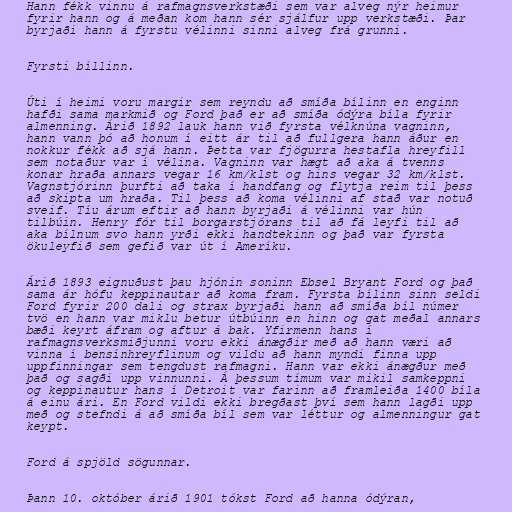
Hann fékk vinnu á rafmagnsverkstæði sem var alveg nýr heimur
fyrir hann og á meðan kom hann sér sjálfur upp verkstæði. Þar
byrjaði hann á fyrstu vélinni sinni alveg frá grunni.

Fyrsti bíllinn.

Úti í heimi voru margir sem reyndu að smíða bílinn en enginn
hafði sama markmið og Ford það er að smíða ódýra bíla fyrir
almenning. Árið 1892 lauk hann við fyrsta vélknúna vagninn,
hann vann þó að honum í eitt ár til að fullgera hann áður en
nokkur fékk að sjá hann. Þetta var fjögurra hestafla hreyfill
sem notaður var í vélina. Vagninn var hægt að aka á tvenns
konar hraða annars vegar 16 km/klst og hins vegar 32 km/klst.
Vagnstjórinn þurfti að taka í handfang og flytja reim til þess
að skipta um hraða. Til þess að koma vélinni af stað var notuð
sveif. Tíu árum eftir að hann byrjaði á vélinni var hún
tilbúin. Henry fór til borgarstjórans til að fá leyfi til að
aka bílnum svo hann yrði ekki handtekinn og það var fyrsta
ökuleyfið sem gefið var út í Ameríku.

Árið 1893 eignuðust þau hjónin soninn Ebsel Bryant Ford og það
sama ár hófu keppinautar að koma fram. Fyrsta bílinn sinn seldi
Ford fyrir 200 dali og strax byrjaði hann að smíða bíl númer
tvö en hann var miklu betur útbúinn en hinn og gat meðal annars
bæði keyrt áfram og aftur á bak. Yfirmenn hans í
rafmagnsverksmiðjunni voru ekki ánægðir með að hann væri að
vinna í bensínhreyflinum og vildu að hann myndi finna upp
uppfinningar sem tengdust rafmagni. Hann var ekki ánægður með
það og sagði upp vinnunni. Á þessum tímum var mikil samkeppni
og keppinautur hans í Detroit var farinn að framleiða 1400 bíla
á einu ári. En Ford vildi ekki bregðast því sem hann lagði upp
með og stefndi á að smíða bíl sem var léttur og almenningur gat
keypt.

Ford á spjöld sögunnar.

Þann 10. október árið 1901 tókst Ford að hanna ódýran,